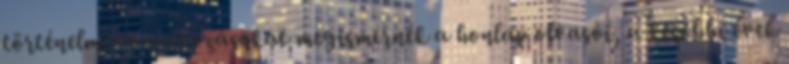
történelmi vonatkozásokat megismernék a honlap olvasói, a későbbi évek